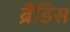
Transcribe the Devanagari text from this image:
ब्रैंडिस